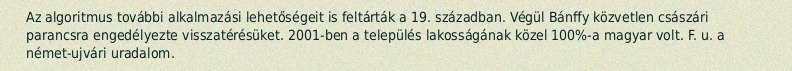
Az algoritmus további alkalmazási lehetőségeit is feltárták a 19. században. Végül Bánffy közvetlen császári parancsra engedélyezte visszatérésüket. 2001-ben a település lakosságának közel 100%-a magyar volt. F. u. a német-ujvári uradalom.